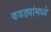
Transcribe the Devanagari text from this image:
कवड्यांमध्ये